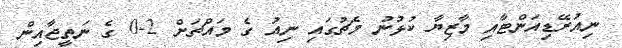
ނިއުރޭޑިއަންޓާއި މާޒިޔާ ކުޅުނު މެޗުގައި ނިއު ގެ މައްޗަށް 2-0 ގެ ނަތީޖާއިން